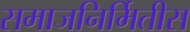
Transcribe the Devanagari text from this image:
समाजनिर्मितीस